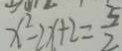
x ^ { 2 } - 2 x + 2 = \frac { 5 } { 2 }